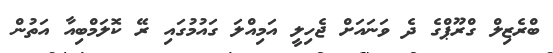
ބްރެޒިލް ގްރޫޕްގެ ދެ ވަނައަށް ޖެހިލީ އަމިއްލަ ގައުމުގައި ރޭ ކޮލަމްބިއާ އަތުން